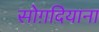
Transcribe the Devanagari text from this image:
सोग़दियाना